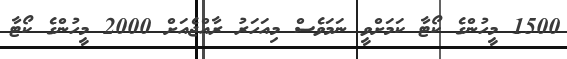
1500 މީހުންގެ ކޯޓާ ކަަމަށްވީ ނަމަވެސް މިއަހަރު ރާއްޖެއަށް 2000 މީހުންގެ ކޯޓާ